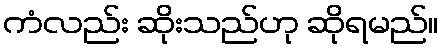
ကံလည်း ဆိုးသည်ဟု ဆိုရမည်။